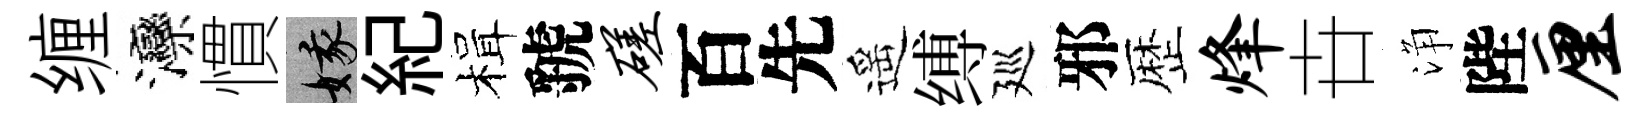
缠灤慣娥紀楫虢磋百先遥缚廵邪歴烽卋浄陛厘